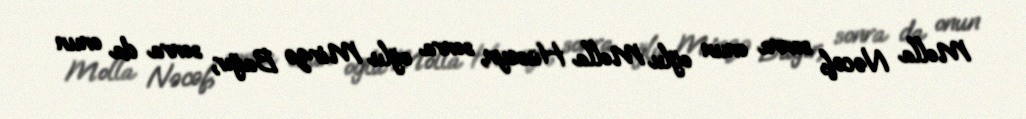
Molla Nəcəf, sonra onun oğlu Molla Hüseyn, sonra oğlu Mirzə Bağır, sonra da onun